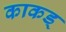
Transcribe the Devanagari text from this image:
काकड्